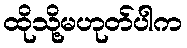
ထိုသို့မဟုတ်ပါက